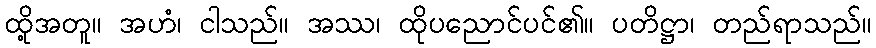
ထို့အတူ။ အဟံ၊ ငါသည်။ အဿ၊ ထိုပညောင်ပင်၏။ ပတိဋ္ဌာ၊ တည်ရာသည်။